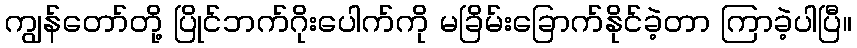
ကျွန်တော်တို့ ပြိုင်ဘက်ဂိုးပေါက်ကို မခြိမ်းခြောက်နိုင်ခဲ့တာ ကြာခဲ့ပါပြီ။